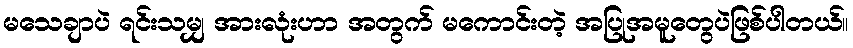
မသေချာပဲ ရင်းသမျှ အားလုံးဟာ အတွက် မကောင်းတဲ့ အပြုအမူတွေပဲဖြစ်ပါတယ်။